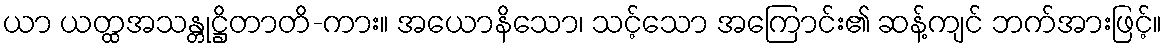
ယာ ယတ္ထအသန္တုဋ္ဌိတာတိ-ကား။ အယောနိသော၊ သင့်သော အကြောင်း၏ ဆန့်ကျင် ဘက်အားဖြင့်။